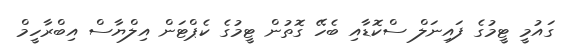
ގައުމީ ޓީމުގެ ފައިނަލް ސްކޮޑާއި ބެހޭ ގޮތުން ޓީމުގެ ކެޕްޓަން އިލްޔާސް އިބްރާހީމް